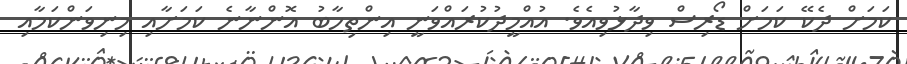
ކަމަށް ދެކޭ ކަމަށް ޑޯރިސް ވިދާޅުވިއެވެ. އުއްމީދުކުރައްވަނީ އިންތިހާބު އޮންނާނެ ކަމަށާއި މިނިވަންކަމާއި